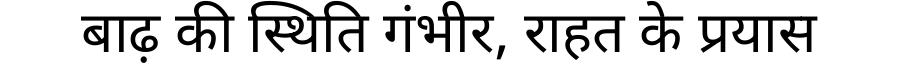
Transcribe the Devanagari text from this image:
बाढ़ की स्थिति गंभीर, राहत के प्रयास